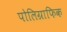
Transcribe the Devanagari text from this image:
पोलिग्राफिक